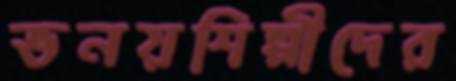
ভনয়শিল্পীদের